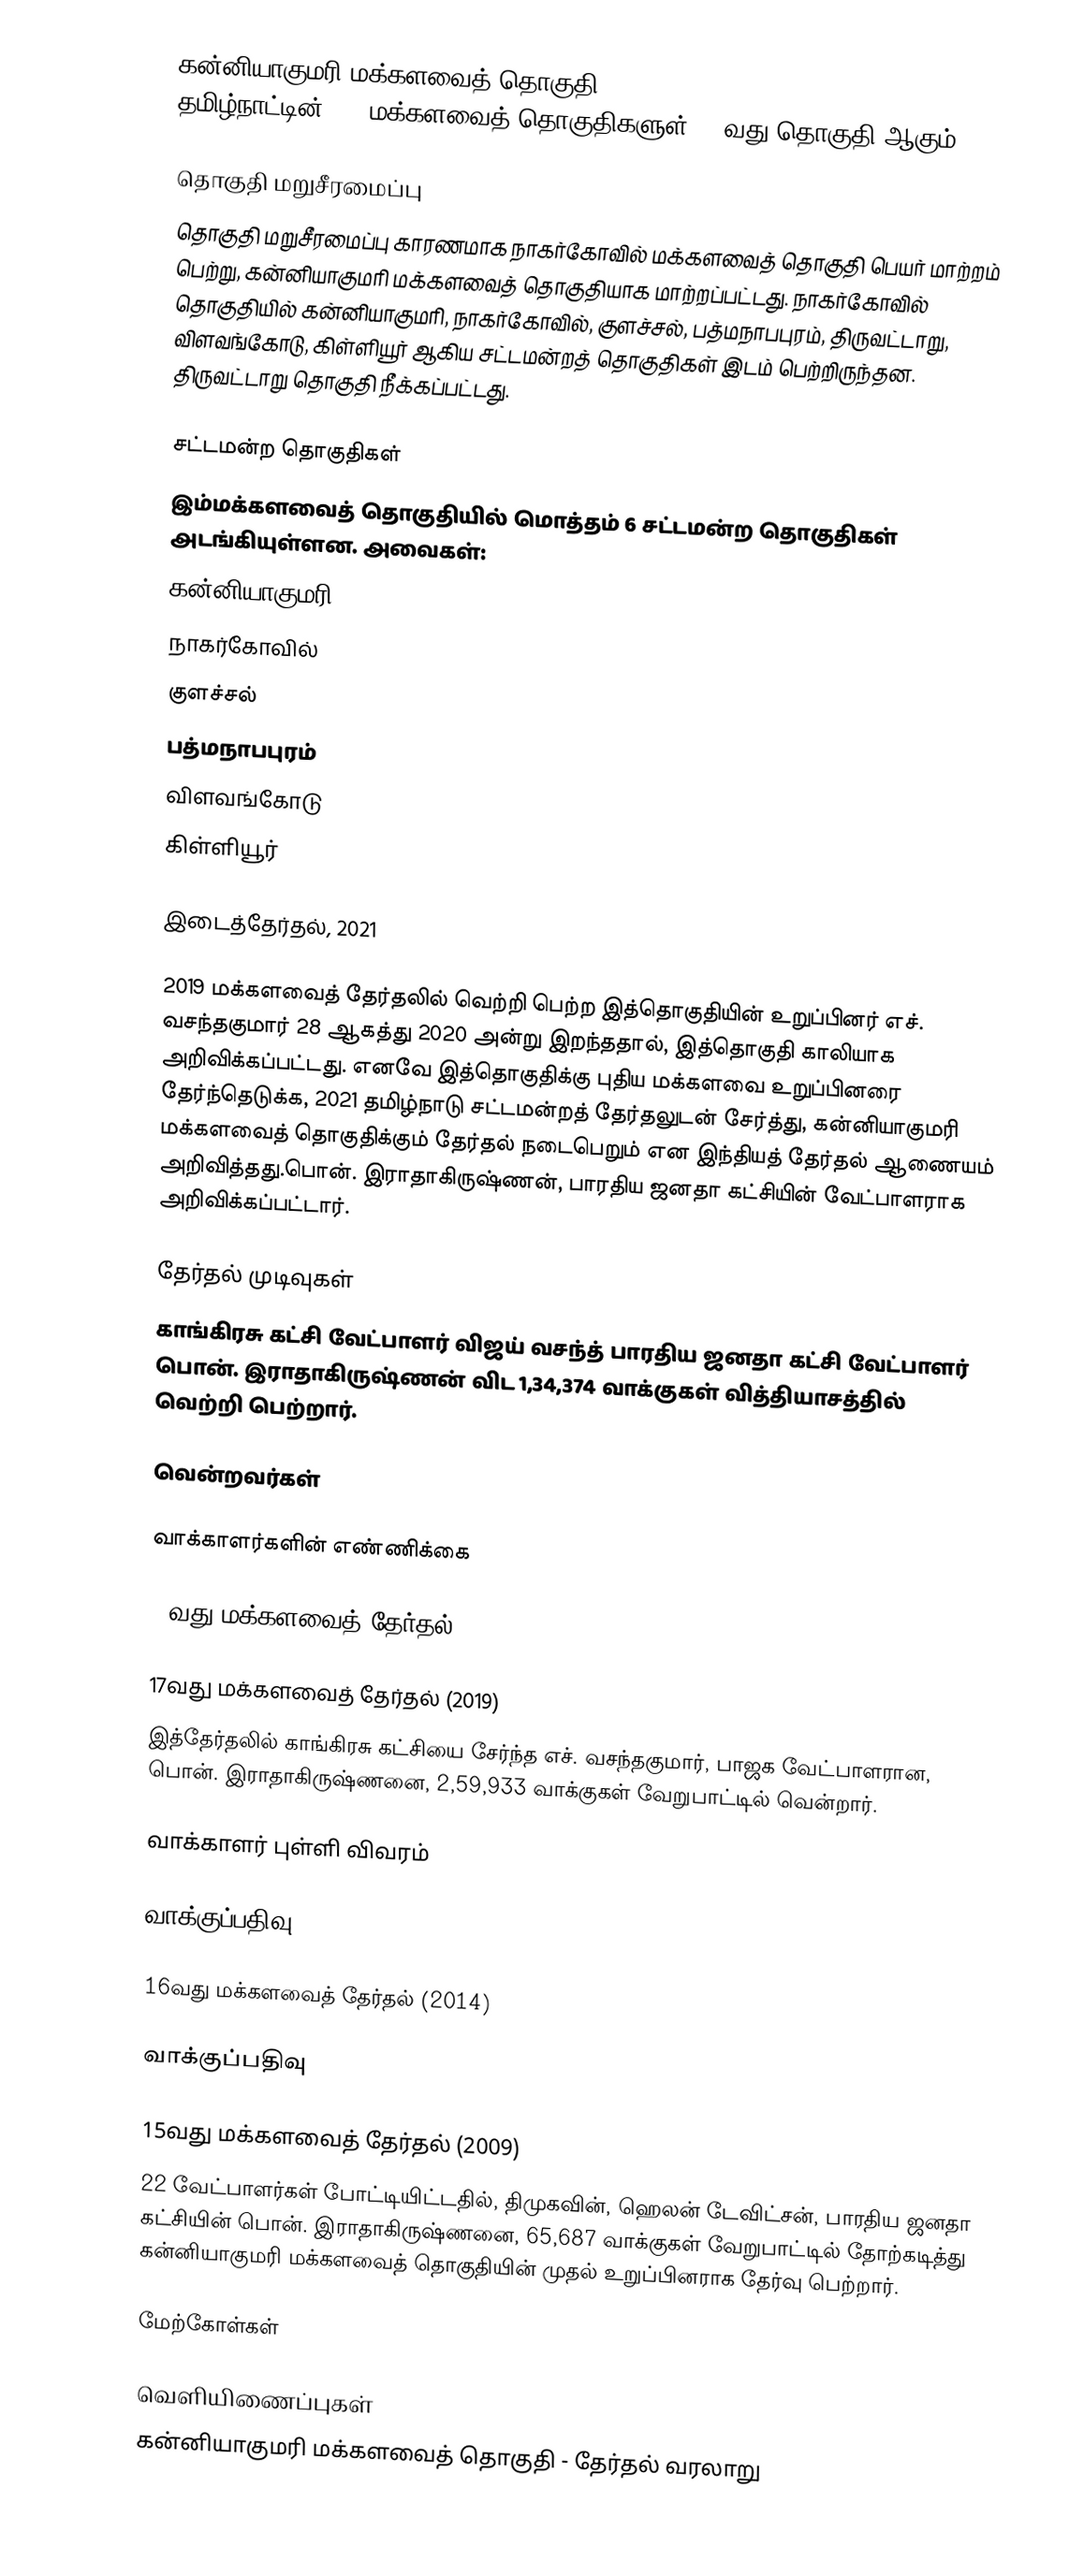
கன்னியாகுமரி மக்களவைத் தொகுதி (Kanniyakumari Lok Sabha constituency), தமிழ்நாட்டின், 39 மக்களவைத் தொகுதிகளுள், 39வது தொகுதி ஆகும்.

தொகுதி மறுசீரமைப்பு
தொகுதி மறுசீரமைப்பு காரணமாக நாகர்கோவில் மக்களவைத் தொகுதி பெயர் மாற்றம் பெற்று, கன்னியாகுமரி மக்களவைத் தொகுதியாக மாற்றப்பட்டது. நாகர்கோவில் தொகுதியில் கன்னியாகுமரி, நாகர்கோவில், குளச்சல், பத்மநாபபுரம், திருவட்டாறு, விளவங்கோடு, கிள்ளியூர் ஆகிய சட்டமன்றத் தொகுதிகள் இடம் பெற்றிருந்தன. திருவட்டாறு தொகுதி நீக்கப்பட்டது.

சட்டமன்ற தொகுதிகள்
இம்மக்களவைத் தொகுதியில் மொத்தம் 6 சட்டமன்ற தொகுதிகள் அடங்கியுள்ளன. அவைகள்:
 கன்னியாகுமரி
 நாகர்கோவில்
 குளச்சல்
 பத்மநாபபுரம்
 விளவங்கோடு
 கிள்ளியூர்

இடைத்தேர்தல், 2021

2019 மக்களவைத் தேர்தலில் வெற்றி பெற்ற இத்தொகுதியின் உறுப்பினர் எச். வசந்தகுமார் 28 ஆகத்து 2020 அன்று இறந்ததால், இத்தொகுதி காலியாக அறிவிக்கப்பட்டது. எனவே இத்தொகுதிக்கு புதிய மக்களவை உறுப்பினரை தேர்ந்தெடுக்க, 2021 தமிழ்நாடு சட்டமன்றத் தேர்தலுடன் சேர்த்து, கன்னியாகுமரி மக்களவைத் தொகுதிக்கும் தேர்தல் நடைபெறும் என இந்தியத் தேர்தல் ஆணையம் அறிவித்தது.பொன். இராதாகிருஷ்ணன், பாரதிய ஜனதா கட்சியின் வேட்பாளராக அறிவிக்கப்பட்டார்.

தேர்தல் முடிவுகள்
காங்கிரசு கட்சி வேட்பாளர் விஜய் வசந்த் பாரதிய ஜனதா கட்சி வேட்பாளர் பொன். இராதாகிருஷ்ணன் விட  1,34,374 வாக்குகள் வித்தியாசத்தில் வெற்றி பெற்றார்.

வென்றவர்கள்

வாக்காளர்களின் எண்ணிக்கை

18வது மக்களவைத் தேர்தல் (2024)

17வது மக்களவைத் தேர்தல் (2019)
இத்தேர்தலில் காங்கிரசு கட்சியை சேர்ந்த எச். வசந்தகுமார், பாஜக வேட்பாளரான, பொன். இராதாகிருஷ்ணனை, 2,59,933 வாக்குகள் வேறுபாட்டில் வென்றார்.

வாக்காளர் புள்ளி விவரம்

வாக்குப்பதிவு

16வது மக்களவைத் தேர்தல் (2014)

வாக்குப்பதிவு

15வது மக்களவைத் தேர்தல் (2009)
22 வேட்பாளர்கள் போட்டியிட்டதில், திமுகவின், ஹெலன் டேவிட்சன், பாரதிய ஜனதா கட்சியின் பொன். இராதாகிருஷ்ணனை, 65,687 வாக்குகள் வேறுபாட்டில் தோற்கடித்து கன்னியாகுமரி மக்களவைத் தொகுதியின் முதல் உறுப்பினராக தேர்வு பெற்றார்.

மேற்கோள்கள்

வெளியிணைப்புகள்
  கன்னியாகுமரி மக்களவைத் தொகுதி - தேர்தல் வரலாறு